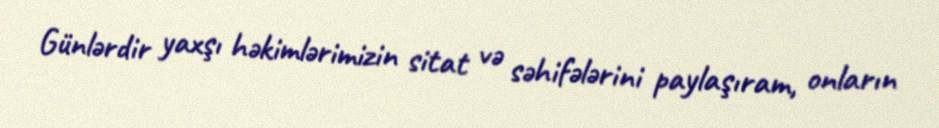
Günlərdir yaxşı həkimlərimizin sitat və səhifələrini paylaşıram, onların